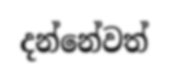
දන්නේවත්